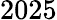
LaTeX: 2025